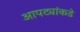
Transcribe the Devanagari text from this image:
आपट्यांकडे